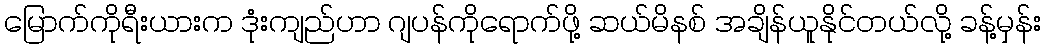
မြောက်ကိုရီးယားက ဒုံးကျည်ဟာ ဂျပန်ကိုရောက်ဖို့ ဆယ်မိနစ် အချိန်ယူနိုင်တယ်လို့ ခန့်မှန်း